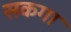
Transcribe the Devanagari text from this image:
सकगा